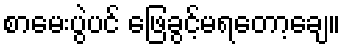
စာမေးပွဲပင် ဖြေခွင့်မရတော့ချေ။